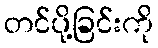
တင်ပို့ခြင်းကို